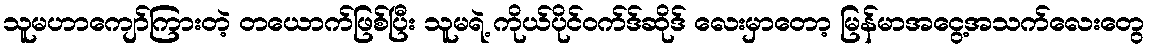
သူမဟာကျော်ကြားတဲ့ တယောက်ဖြစ်ပြီး သူမရဲ့ ကိုယ်ပိုင်ဝက်ဒ်ဆိုဒ် လေးမှာတော့ မြန်မာအငွေ့အသက်လေးတွေ